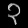
Digit: ၃